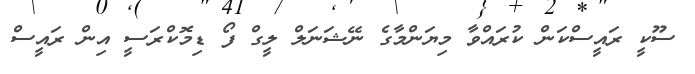
ސޫކީ ރައީސްކަން ކުރައްވާ މިޔަންމާގެ ނޭޝަނަލް ލީގް ފޯ ޑިމޮކްރަސީ އިން ރައީސް